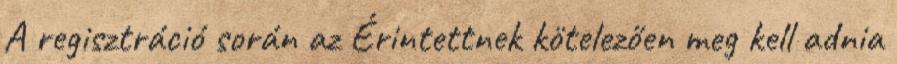
A regisztráció során az Érintettnek kötelezően meg kell adnia